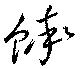
蟀